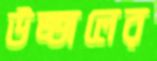
উজ্জলের